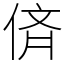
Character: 㑪